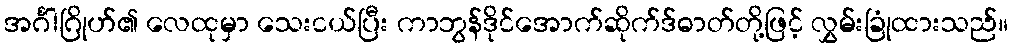
အင်္ဂါဂြိုဟ်၏ လေထုမှာ သေးငယ်ပြီး ကာဘွန်ဒိုင်အောက်ဆိုက်ဒ်ဓာတ်တို့ဖြင့် လွှမ်းခြုံထားသည်။